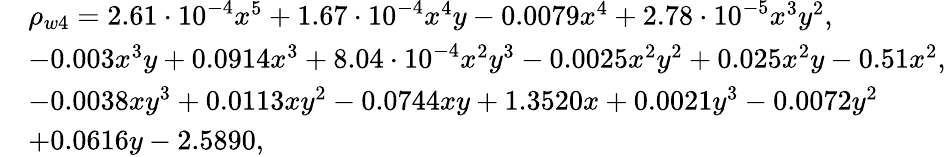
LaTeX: \begin{array}{rl}&{\rho_{w4}=2.61\cdot 10^{-4}x^{5}+1.67\cdot 10^{-4}x^{4}y-0.0079x^{4}+2.78\cdot 10^{-5}x^{3}y^{2},}\\ &{-0.003x^{3}y+0.0914x^{3}+8.04\cdot 10^{-4}x^{2}y^{3}-0.0025x^{2}y^{2}+0.025x^{2}y-0.51x^{2},}\\ &{-0.0038xy^{3}+0.0113xy^{2}-0.0744xy+1.3520x+0.0021y^{3}-0.0072y^{2}}\\ &{+0.0616y-2.5890,}\end{array}